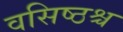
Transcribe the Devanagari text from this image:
वसिष्ठश्च